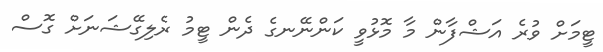
ޓީމަށް ވުރެ އަޝްފާން މާ މޮޅުވީ ކަންނޭނގެ ދެން ޓީމު ރެލިގޭޝަނަށް ގޮސް